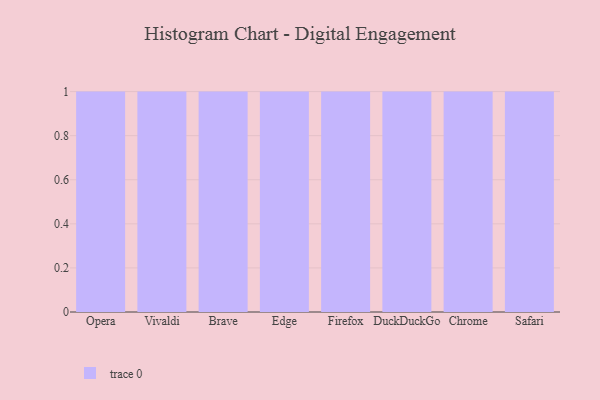
{"axis": {"x": "Browser", "y": "Website Visitors"}, "legend": [""], "data": [{"x": "Opera", "y": 38, "type": ""}, {"x": "Vivaldi", "y": 4, "type": ""}, {"x": "Brave", "y": 93, "type": ""}, {"x": "Edge", "y": 71, "type": ""}, {"x": "Firefox", "y": 91, "type": ""}, {"x": "DuckDuckGo", "y": 65, "type": ""}, {"x": "Chrome", "y": 11, "type": ""}, {"x": "Safari", "y": 74, "type": ""}]}